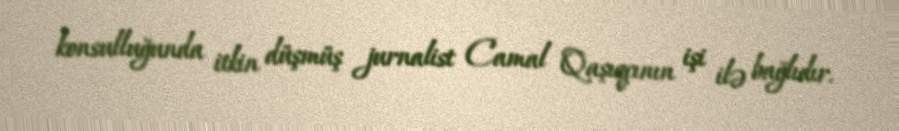
konsulluğunda itkin düşmüş jurnalist Camal Qaşıqçının işi ilə bağlıdır.